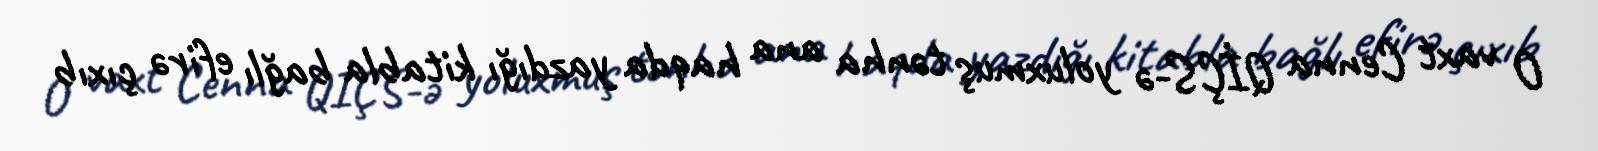
O vaxt Cenna QİÇS-ə yoluxmuş tənha ana haqda yazdığı kitabla bağlı efirə çıxıb